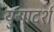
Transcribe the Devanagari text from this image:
युगादर्श